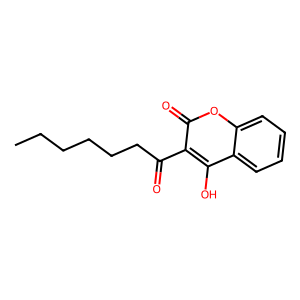
SMILES: CCCCCCC(=O)c1c(O)c2ccccc2oc1=O
Inhibits HIV replication: No